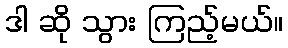
ဒါ ဆို သွား ကြည့်မယ်။